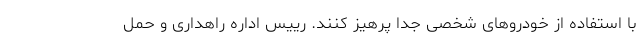
با استفاده از خودروهای شخصی جدا پرهیز کنند. رییس اداره راهداری و حمل